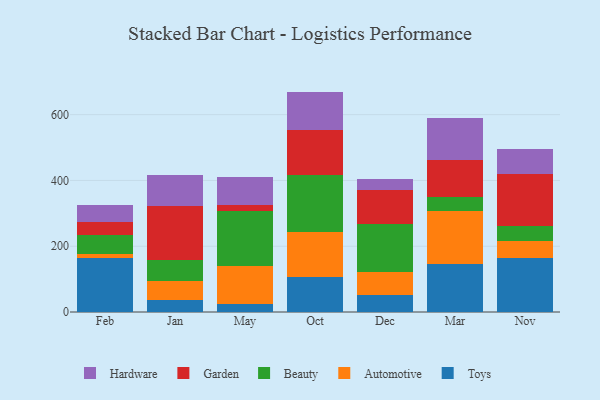
{"axis": {"x": "Month", "y": "Production Output"}, "legend": ["Automotive", "Beauty", "Garden", "Hardware", "Toys"], "data": [{"x": "Feb", "y": 163.1, "type": "Toys"}, {"x": "Feb", "y": 12.5, "type": "Automotive"}, {"x": "Feb", "y": 59.4, "type": "Beauty"}, {"x": "Feb", "y": 38.3, "type": "Garden"}, {"x": "Feb", "y": 52.1, "type": "Hardware"}, {"x": "Jan", "y": 36.3, "type": "Toys"}, {"x": "Jan", "y": 59.2, "type": "Automotive"}, {"x": "Jan", "y": 64.1, "type": "Beauty"}, {"x": "Jan", "y": 163.1, "type": "Garden"}, {"x": "Jan", "y": 93.2, "type": "Hardware"}, {"x": "May", "y": 23.2, "type": "Toys"}, {"x": "May", "y": 115.8, "type": "Automotive"}, {"x": "May", "y": 168.6, "type": "Beauty"}, {"x": "May", "y": 18.0, "type": "Garden"}, {"x": "May", "y": 86.1, "type": "Hardware"}, {"x": "Oct", "y": 106.6, "type": "Toys"}, {"x": "Oct", "y": 137.1, "type": "Automotive"}, {"x": "Oct", "y": 173.4, "type": "Beauty"}, {"x": "Oct", "y": 134.8, "type": "Garden"}, {"x": "Oct", "y": 118.2, "type": "Hardware"}, {"x": "Dec", "y": 50.8, "type": "Toys"}, {"x": "Dec", "y": 70.1, "type": "Automotive"}, {"x": "Dec", "y": 147.6, "type": "Beauty"}, {"x": "Dec", "y": 102.4, "type": "Garden"}, {"x": "Dec", "y": 32.7, "type": "Hardware"}, {"x": "Mar", "y": 144.6, "type": "Toys"}, {"x": "Mar", "y": 161.2, "type": "Automotive"}, {"x": "Mar", "y": 45.1, "type": "Beauty"}, {"x": "Mar", "y": 110.1, "type": "Garden"}, {"x": "Mar", "y": 129.5, "type": "Hardware"}, {"x": "Nov", "y": 164.1, "type": "Toys"}, {"x": "Nov", "y": 50.3, "type": "Automotive"}, {"x": "Nov", "y": 46.3, "type": "Beauty"}, {"x": "Nov", "y": 157.6, "type": "Garden"}, {"x": "Nov", "y": 78.0, "type": "Hardware"}]}